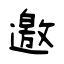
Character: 邀